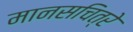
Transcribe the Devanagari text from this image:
मानसचित्रे